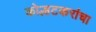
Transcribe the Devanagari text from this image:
कोल्हटकरांचा